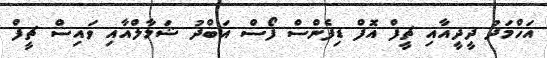
އަހްމަދު ދީދީއާއި ޗީފް އޮފް ޑިފެންސް ފޯސް އަބްދު ޝަމާލްއާއި ވައިސް ޗީފް